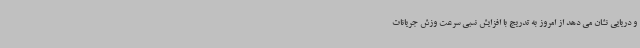
و دریایی نشان می دهد از امروز به تدریج با افزایش نسبی سرعت وزش جریانات